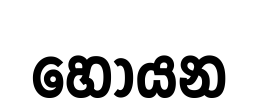
හොයන